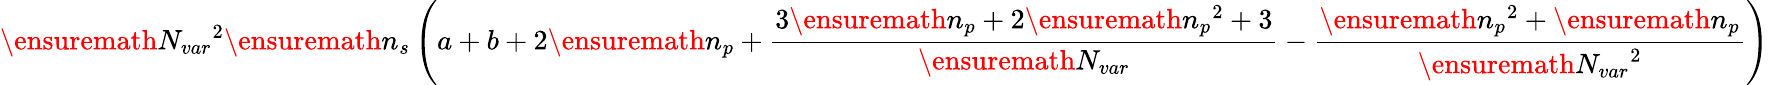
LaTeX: \ensuremath{N_{var}}^{2}\ensuremath{n_{s}}\left(a+b+2\ensuremath{n_{p}}+\frac{3\ensuremath{n_{p}}+2\ensuremath{n_{p}}^{2}+3}{\ensuremath{N_{var}}}-\frac{\ensuremath{n_{p}}^{2}+\ensuremath{n_{p}}}{\ensuremath{N_{var}}^{2}}\right)